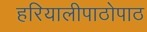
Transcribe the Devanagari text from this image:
हरियालीपाठोपाठ